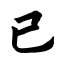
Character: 已